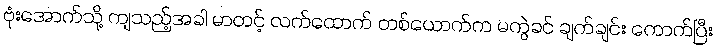
ဗုံးအောက်သို့ ကျသည့်အခါ မာတင့် လက်ထောက် တစ်ယောက်က မကွဲခင် ချက်ချင်း ကောက်ပြီး